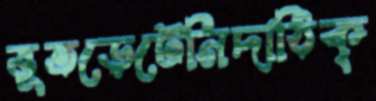
ভূতড়েটেনিদাঠিক্‌